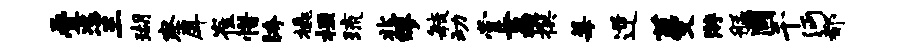
叠恣三瑚察戽崔惜胯橇桓琉兆缪敏动掌荔撰莓逆蔓游艋圃千沔都